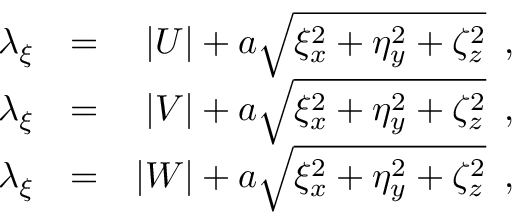
\begin{array} { r l r } { { \lambda _ { \xi } } } & { { } { = } } & { { | U | + a \sqrt { \xi _ { x } ^ { 2 } + \eta _ { y } ^ { 2 } + \zeta _ { z } ^ { 2 } } \, \mathrm { ~ , ~ } } } \\ { { \lambda _ { \xi } } } & { { } { = } } & { { | V | + a \sqrt { \xi _ { x } ^ { 2 } + \eta _ { y } ^ { 2 } + \zeta _ { z } ^ { 2 } } \, \mathrm { ~ , ~ } } } \\ { { \lambda _ { \xi } } } & { { } { = } } & { { | W | + a \sqrt { \xi _ { x } ^ { 2 } + \eta _ { y } ^ { 2 } + \zeta _ { z } ^ { 2 } } \, \mathrm { ~ , ~ } } } \end{array}